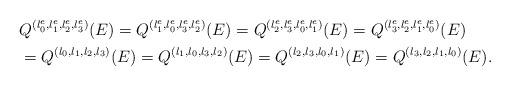
LaTeX: \begin{align*}& Q^{(l_{0}^{e},l_{1}^{e},l_{2}^{e},l_{3}^{e})}(E)=Q^{(l_{1}^{e},l_{0}^{e},l_{3}^{e},l_{2}^{e})}(E)=Q^{(l_{2}^{e},l_{3}^{e},l_{0}^{e},l_{1}^{e})}(E)=Q^{(l_{3}^{e},l_{2}^{e},l_{1}^{e},l_{0}^{e})}(E)\\& =Q^{(l_{0},l_{1},l_{2},l_{3})}(E)=Q^{(l_{1},l_{0},l_{3},l_{2})}(E)=Q^{(l_{2},l_{3},l_{0},l_{1})}(E)=Q^{(l_{3},l_{2},l_{1},l_{0})}(E).\end{align*}